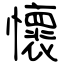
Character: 懷